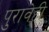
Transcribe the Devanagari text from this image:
पुरावेही